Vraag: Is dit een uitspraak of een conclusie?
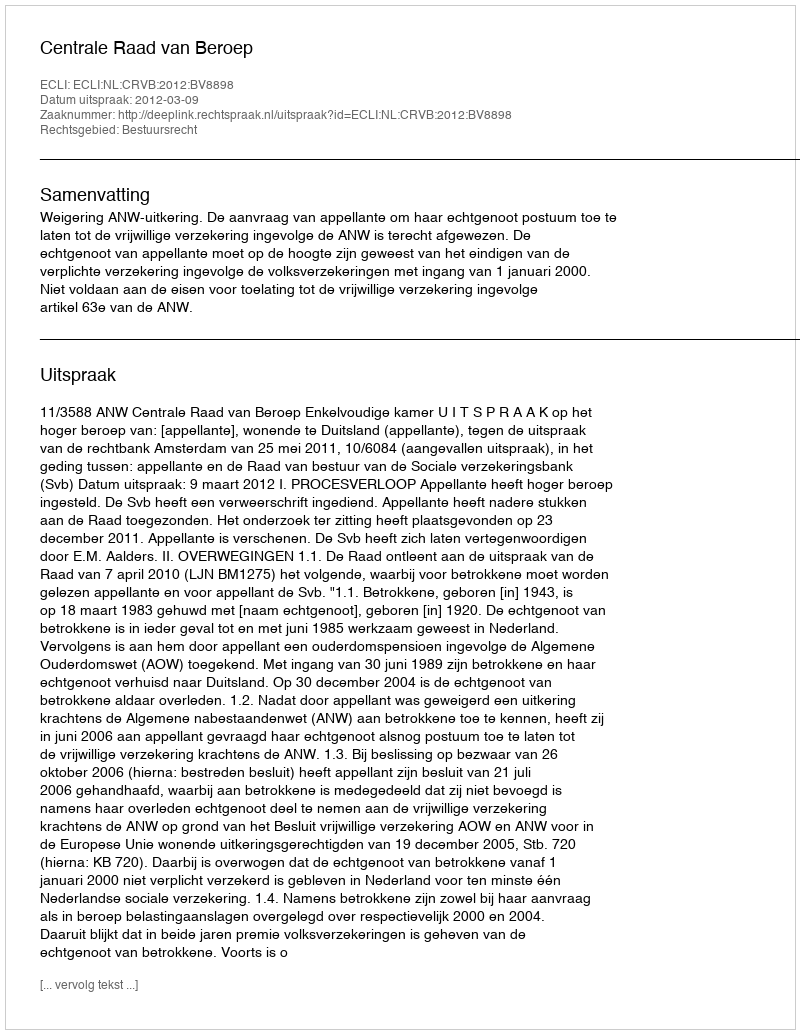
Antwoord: Uitspraak